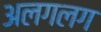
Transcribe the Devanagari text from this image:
अलगलग